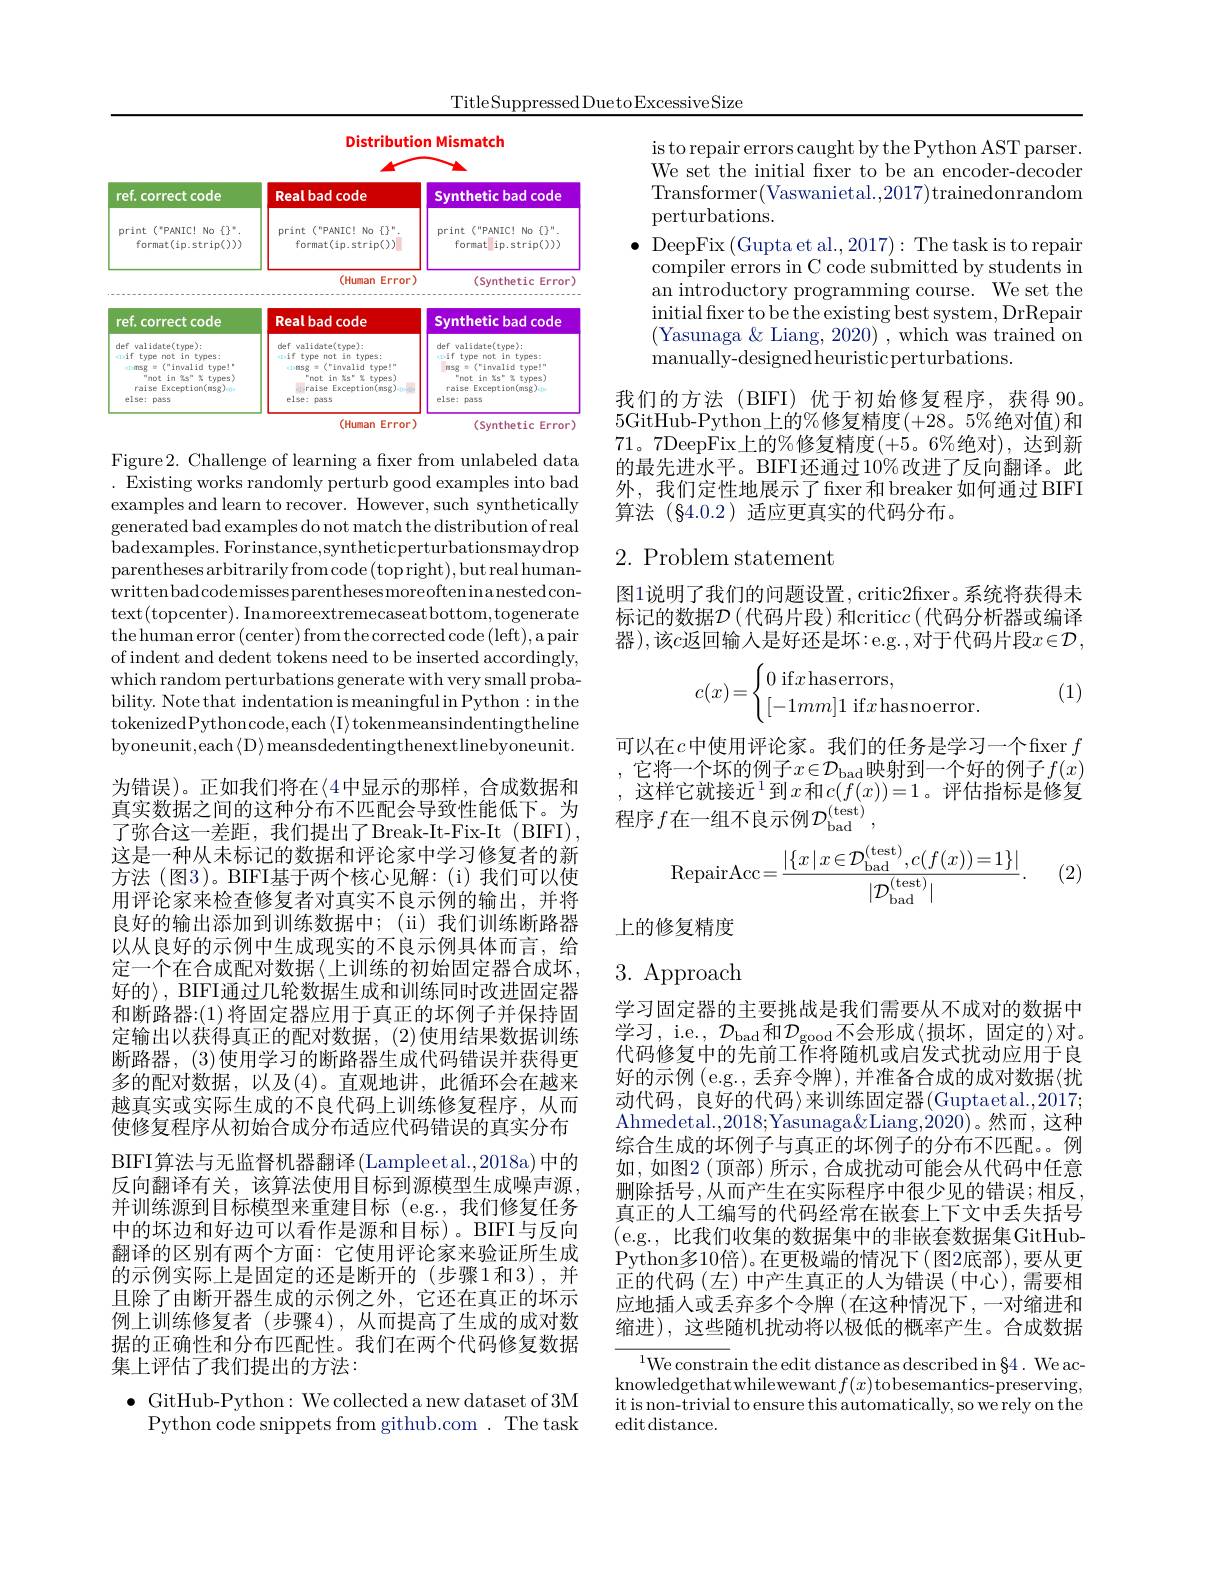
TitleSuppressed DuetoExcessive Size

<FigureHere>

Figure2. Challenge of learning a fixer from unlabeled data . Existing works randomly perturb good examples into bad examples and learn to recover. However, such synthetically generated bad examples do not match the distribution of real badexamples. Forinstance,syntheticperturbationsmaydrop parentheses arbitrarily fromcode (top right), but real humanwrittenbadcodemisses parentheses more often ina nestedcontext(topcenter).Inamoreextremecaseatbottom,togenerate the human error (center) from the corrected code (left), a pair of indent and dedent tokens need to be inserted accordingly, which random perturbations generate with very small probability. Note that indentation is meaningful in Python : in the tokenizedPythoncode,each$\langle$I$\rangle$tokenmeansindentingtheline byoneunit,each$\langle$D$\rangle$meansdedentingthenextlinebyoneunit.

为错误)。正如我们将在$\langle4$中显示的那样，合成数据和真实数据之间的这种分布不匹配会导致性能低下。为了弥合这一差距，我们提出了Break-It-Fix-It (BIFI), 这是一种从未标记的数据和评论家中学习修复者的新方法(图3)。BIFI基于两个核心见解：(i)我们可以使用评论家来检查修复者对真实不良示例的输出，并将良好的输出添加到训练数据中；(ii)我们训练断路器以从良好的示例中生成现实的不良示例具体而言，给定一个在合成配对数据〈上训练的初始固定器合成坏， 好的〉, BIFI通过几轮数据生成和训练同时改进固定器和断路器：(1)将固定器应用于真正的坏例子并保持固定输出以获得真正的配对数据，(2)使用结果数据训练断路器，(3)使用学习的断路器生成代码错误并获得更多的配对数据，以及(4)。直观地讲，此循环会在越来越真实或实际生成的不良代码上训练修复程序，从而使修复程序从初始合成分布适应代码错误的真实分布$\operatorname{BIFI}$算法与无监督机器翻译$\left(\mathrm{Lampleetal.,2018a)}\right.$中的反向翻译有关，该算法使用目标到源模型生成噪声源， 并训练源到目标模型来重建目标(e.g.,我们修复任务中的坏边和好边可以看作是源和目标)。BIFI与反向翻译的区别有两个方面：它使用评论家来验证所生成的示例实际上是固定的还是断开的(步骤1和3),并且除了由断开器生成的示例之外，它还在真正的坏示例上训练修复者 (步骤4),从而提高了生成的成对数据的正确性和分布匹配性。我们在两个代码修复数据集上评估了我们提出的方法：
$\bullet$ GitHub-Python: We collected a new dataset of 3M

Python code snippets from github.com . The task

is to repair errors caught by the Python AST parser. We set the initial fxer to be an encoder-decoder Transformer(Vaswanietal.,2017)trainedonrandom perturbations.
$\bullet$ DeepFix(Gupta et al.,2017):The task is to repair
compiler errors in C code submitted by students in an introductory programming course. We set the initial fixer to be the existing best system, DrRepair (Yasunaga& Liang, $2020)^-$, which was trained on manually- designedheuristicperturbations.

我们的方法(BIFI)优于初始修复程序，获得 90。5GitHub-Python上的%修复精度(+28。5%绝对值)和71。7DeepFix上的%修复精度(+5。6%绝对),达到新的最先进水平。BIFI还通过10%改进了反向翻译。此外，我们定性地展示了fxer 和 breaker 如何通过 BIFI 算法(§4.0.2)适应更真实的代码分布。

# $2.{\mathrm{~Problem~statement}}$

图1说明了我们的问题设置，critic2fixer。系统将获得未标记的数据$\mathcal{D} \left ( \text{代 码 片 段 ) 和 critic}c\left ( \text{代 码 分 析 器 或 编 译 }\right ) \right )$ 器),该$c$返回输入是好还是坏：e.g.,对于代码片段$x\in\mathcal{D}$,
$$c(x)=\begin{cases}0\:\text{if}x\text{haserrors},\\[-1mm]1\:\text{if}x\text{hasnoerror}.\end{cases}$$
(1)

可以在$c$中使用评论家。我们的任务是学习一个fixer $f$ 它将一个坏的例子$x\in\mathcal{D}_\mathrm{bad}$映射到一个好的例子$f(x)$ 这样它就接近$^1$到$x$和$c(f(x))=1$。评估指标是修复程序 $f$在一组不良示例$\mathcal{D}_\mathrm{bad}^\mathrm{(test)}$,
$$\text{RepairAcc}=\frac{|\{x\:|\:x\in\mathcal{D}_{\mathrm{bad}}^{(\mathrm{test})},c(f(x))=1\}|}{|\mathcal{D}_{\mathrm{bad}}^{(\mathrm{test})}|}.$$
(2)

上的修复精度

# 3. Approach

学习固定器的主要挑战是我们需要从不成对的数据中学习，i.e., $\mathcal{D}_\mathrm{bad}$和$\mathcal{D}_\mathrm{good}$不会形成$\langle$损坏，固定的$\rangle$对。代码修复中的先前工作将随机或启发式扰动应用于良好的示例(e.g., 丢弃令牌),并准备合成的成对数据{扰} 动代码，良好的代码〉来训练固定器(Guptaetal.,2017; Ahmedetal.,2018;Yasunaga&Liang,2020)。然而，这种综合生成的坏例子与真正的坏例子的分布不匹配。例如，如图2(顶部)所示，合成扰动可能会从代码中任意删除括号，从而产生在实际程序中很少见的错误；相反， 真正的人工编写的代码经常在嵌套上下文中丢失括号(e.g.,比我们收集的数据集中的非嵌套数据集GitHubPython多10倍)。在更极端的情况下(图2底部),要从更正的代码(左)中产生真正的人为错误(中心),需要相应地插人或丢弃多个令牌 (在这种情况下，一对缩进和缩进),这些随机扰动将以极低的概率产生。合成数据

$^{1}$We constrain the edit distance as described in§4. We acknowledgethat whilewewant$f(x)$tobesemantics-preserving, it is non-trivial to ensure this automatically, so we rely on the edit distance.